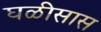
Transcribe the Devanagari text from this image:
घळीसास